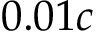
0 . 0 1 c